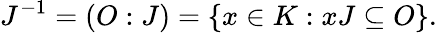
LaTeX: J^{-1}=(O:J)=\{ x\in K:xJ\subseteq O\} .